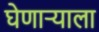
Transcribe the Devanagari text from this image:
घेणार्‍याला